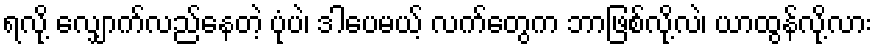
ရလို့ လျှောက်လည်နေတဲ့ ပုံပဲ၊ ဒါပေမယ့် လက်တွေက ဘာဖြစ်လို့လဲ၊ ယာထွန်လို့လား